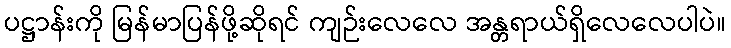
ပဋ္ဌာန်းကို မြန်မာပြန်ဖို့ဆိုရင် ကျဉ်းလေလေ အန္တရာယ်ရှိလေလေပါပဲ။